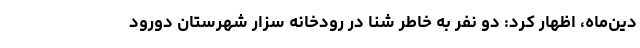
دین‌ماه، اظهار کرد: دو نفر به خاطر شنا در رودخانه سزار شهرستان دورود